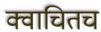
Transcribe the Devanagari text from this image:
क्वाचितच